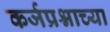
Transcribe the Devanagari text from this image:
कर्जप्रश्नाच्या